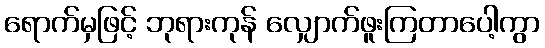
ရောက်မှဖြင့် ဘုရားကုန် လျှောက်ဖူးကြတာပေါ့ကွာ